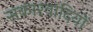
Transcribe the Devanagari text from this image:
सकारवादियों